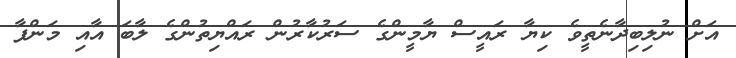
އަށް ނުލިބިދާނެތީވެ ކިޔާ ރައީސް ޔާމީންގެ ސަރުކާރުން ރައްޔިތުންގެ ލާބަ އާއި މަންފާ